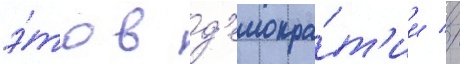
э́то в д'емокра́т'ии //